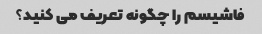
فاشیسم را چگونه تعریف می کنید؟